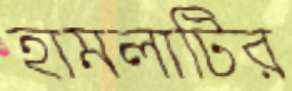
হামলাটির